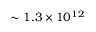
\sim 1 . 3 \times 1 0 ^ { 1 2 }